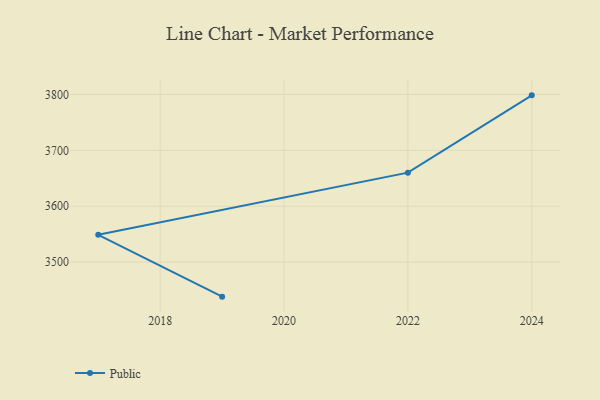
{"axis": {"x": "Year", "y": "Bounce Rate (%)"}, "legend": ["Public"], "data": [{"x": "2019", "y": 3438.3, "type": "Public"}, {"x": "2017", "y": 3548.9, "type": "Public"}, {"x": "2022", "y": 3660.1, "type": "Public"}, {"x": "2024", "y": 3798.4, "type": "Public"}]}